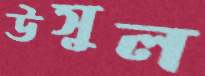
উসুল